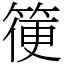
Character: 箯